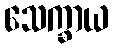
သေက္ခာယ